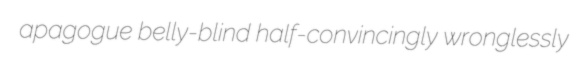
apagogue belly-blind half-convincingly wronglessly